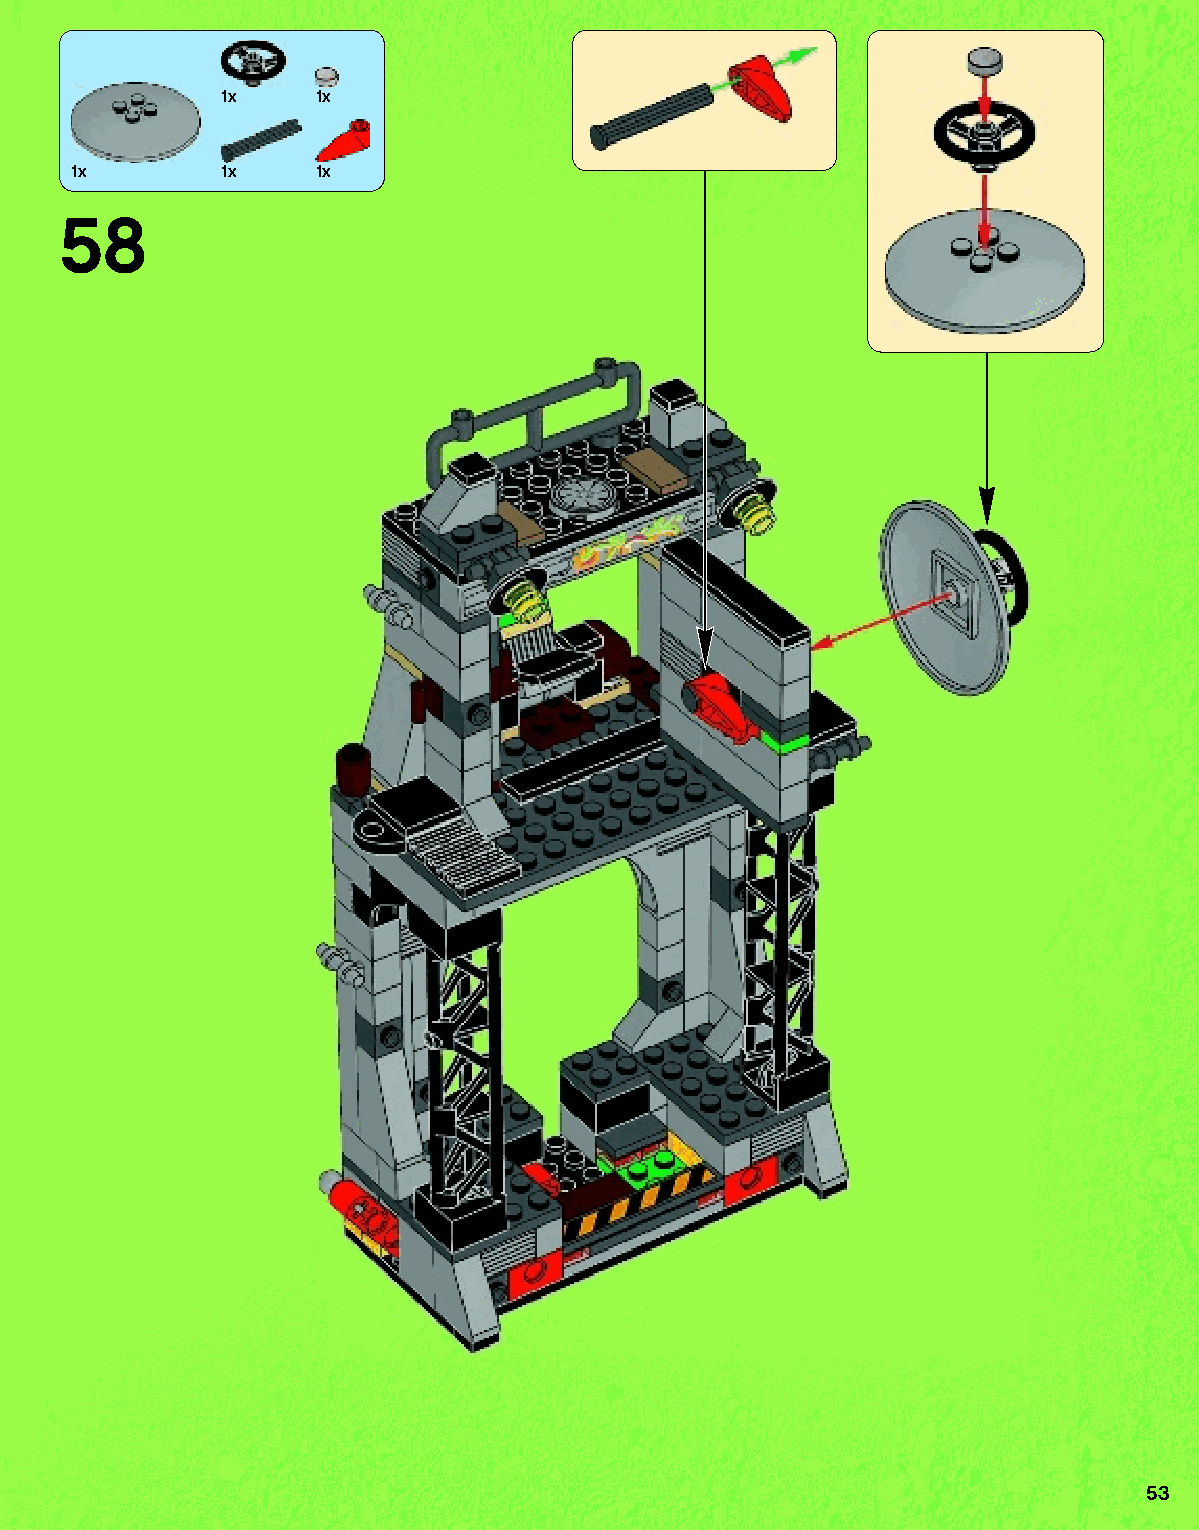
1x    1x
 1x        1x    1x
 58
 53
 79117_Book1.indd 53                                               01/11/2013 4:34 PM